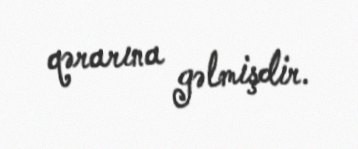
qərarına gəlmişdir.